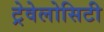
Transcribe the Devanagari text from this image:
ट्रेवेलोसिटी